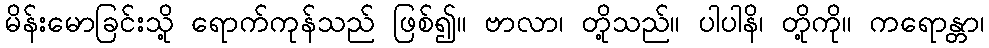
မိန်းမောခြင်းသို့ ရောက်ကုန်သည် ဖြစ်၍။ ဗာလာ၊ တို့သည်။ ပါပါနိ၊ တို့ကို။ ကရောန္တာ၊